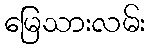
မြေသားလမ်း